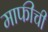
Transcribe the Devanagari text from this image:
माफीची